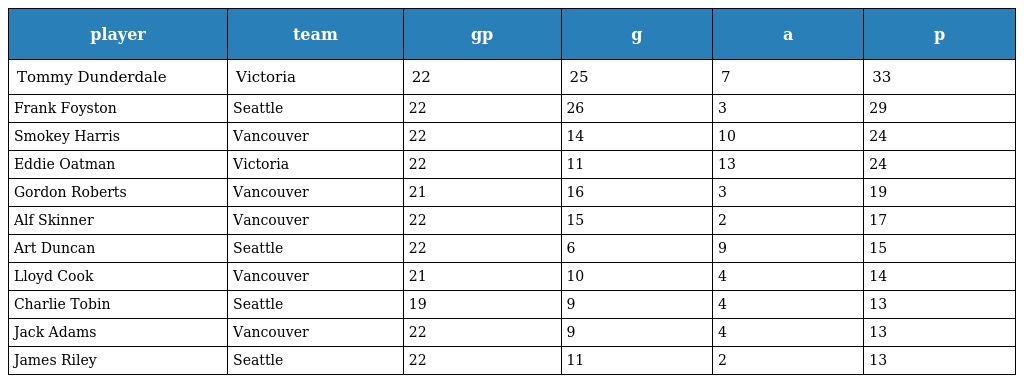
| player | team | gp | g | a | p |
 | --- | --- | --- | --- | --- | --- |
 | Tommy Dunderdale | Victoria | 22 | 25 | 7 | 33 |
 | Frank Foyston | Seattle | 22 | 26 | 3 | 29 |
 | Smokey Harris | Vancouver | 22 | 14 | 10 | 24 |
 | Eddie Oatman | Victoria | 22 | 11 | 13 | 24 |
 | Gordon Roberts | Vancouver | 21 | 16 | 3 | 19 |
 | Alf Skinner | Vancouver | 22 | 15 | 2 | 17 |
 | Art Duncan | Seattle | 22 | 6 | 9 | 15 |
 | Lloyd Cook | Vancouver | 21 | 10 | 4 | 14 |
 | Charlie Tobin | Seattle | 19 | 9 | 4 | 13 |
 | Jack Adams | Vancouver | 22 | 9 | 4 | 13 |
 | James Riley | Seattle | 22 | 11 | 2 | 13 |